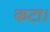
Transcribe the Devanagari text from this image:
कटा।